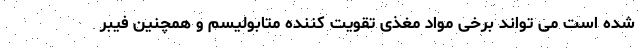
شده است می تواند برخی مواد مغذی تقویت کننده متابولیسم و همچنین فیبر